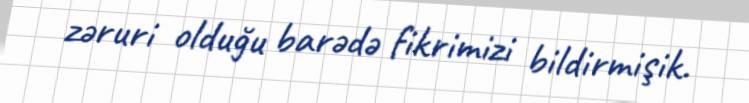
zəruri olduğu barədə fikrimizi bildirmişik.